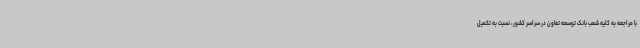
با مراجعه به کلیه شعب بانک توسعه تعاون در سراسر کشور، نسبت به تکمیل